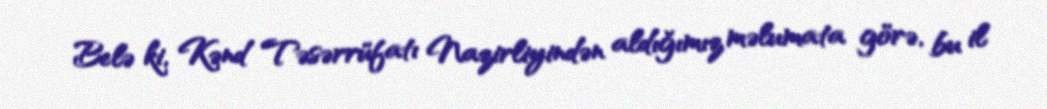
Belə ki, Kənd Təsərrüfatı Nazirliyindən aldığımız məlumata görə, bu il